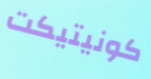
كونيتيكت